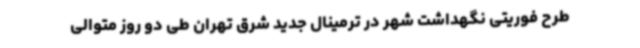
طرح فوریتی نگهداشت شهر در ترمینال جدید شرق تهران طی دو روز متوالی